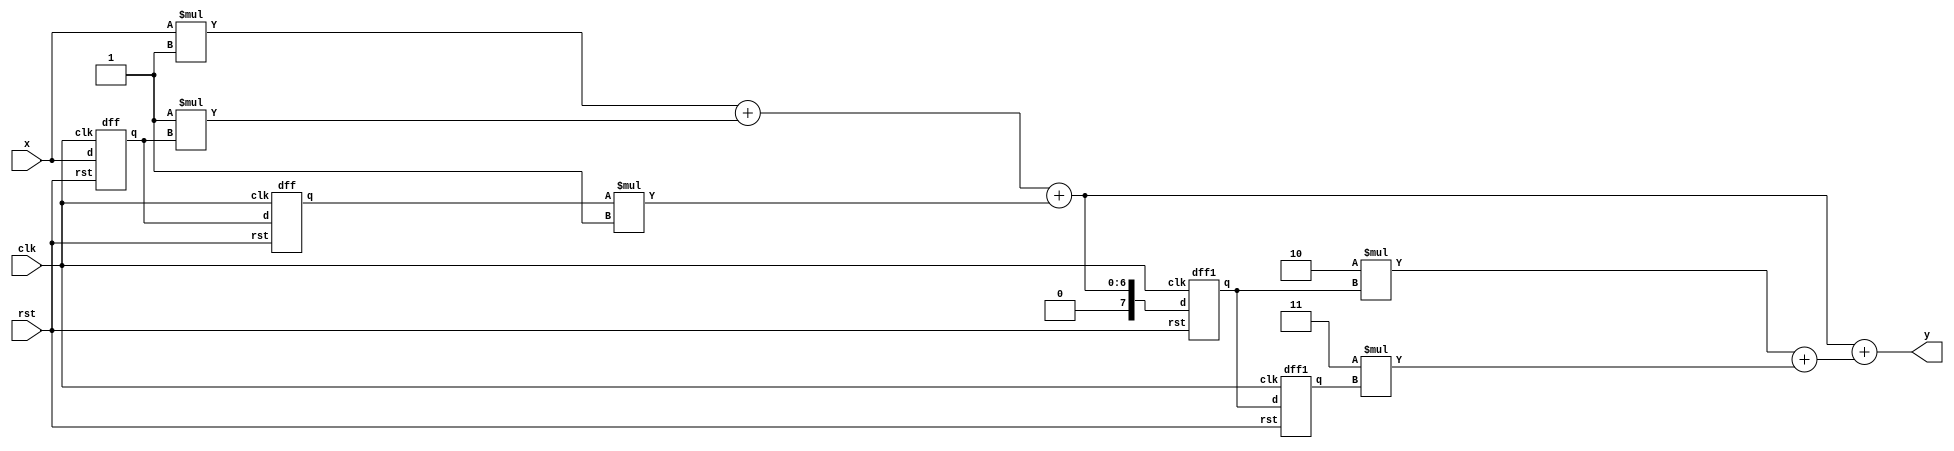
module iir(x,clk,rst,y);
  input clk,rst;
  input [3:0]x;
  output [11:0]y;
  wire [7:0]p1,p2,p3,h1,y1,y2;
  wire [11:0]p4,p5,h2;
  wire [3:0]x1,x2;
  parameter b0=4'b0001;
  parameter b1=4'b0001;
  parameter b2=4'b0001;
  parameter a1=4'b0010;
  parameter a2=4'b0011;
  assign p1=x*b0;
  dff f1(x,clk,rst,x1); 
  assign p2=b1*x1;
  dff f2(x1,clk,rst,x2);
  assign p3=x2*b2;    
  assign h1=p1+p2+p3;
  dff1 f3(h1,clk,rst,y1);
  assign p4=a1*y1;
  dff1 f4(y1,clk,rst,y2);
  assign p5=a2*y2;
  assign h2=p4+p5;
  assign y=h1+h2;
   endmodule
   
module dff(d,clk,rst,q);
input [3:0]d;
input clk,rst;
output reg [3:0]q;
always@(posedge clk)
begin
 if(rst==1)
   q<=0;
 else
   q<=d;
end
 endmodule
 
module dff1(d,clk,rst,q);
input [7:0]d;
input clk,rst;
output reg [7:0]q;
always@(posedge clk)
begin
 if(rst==1)
   q<=0;
 else
   q<=d;
end
 endmodule